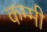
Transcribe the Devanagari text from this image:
कम्मी